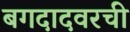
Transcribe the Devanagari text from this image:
बगदादवरची